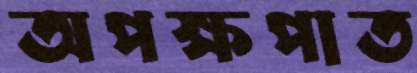
অপক্ষপাত